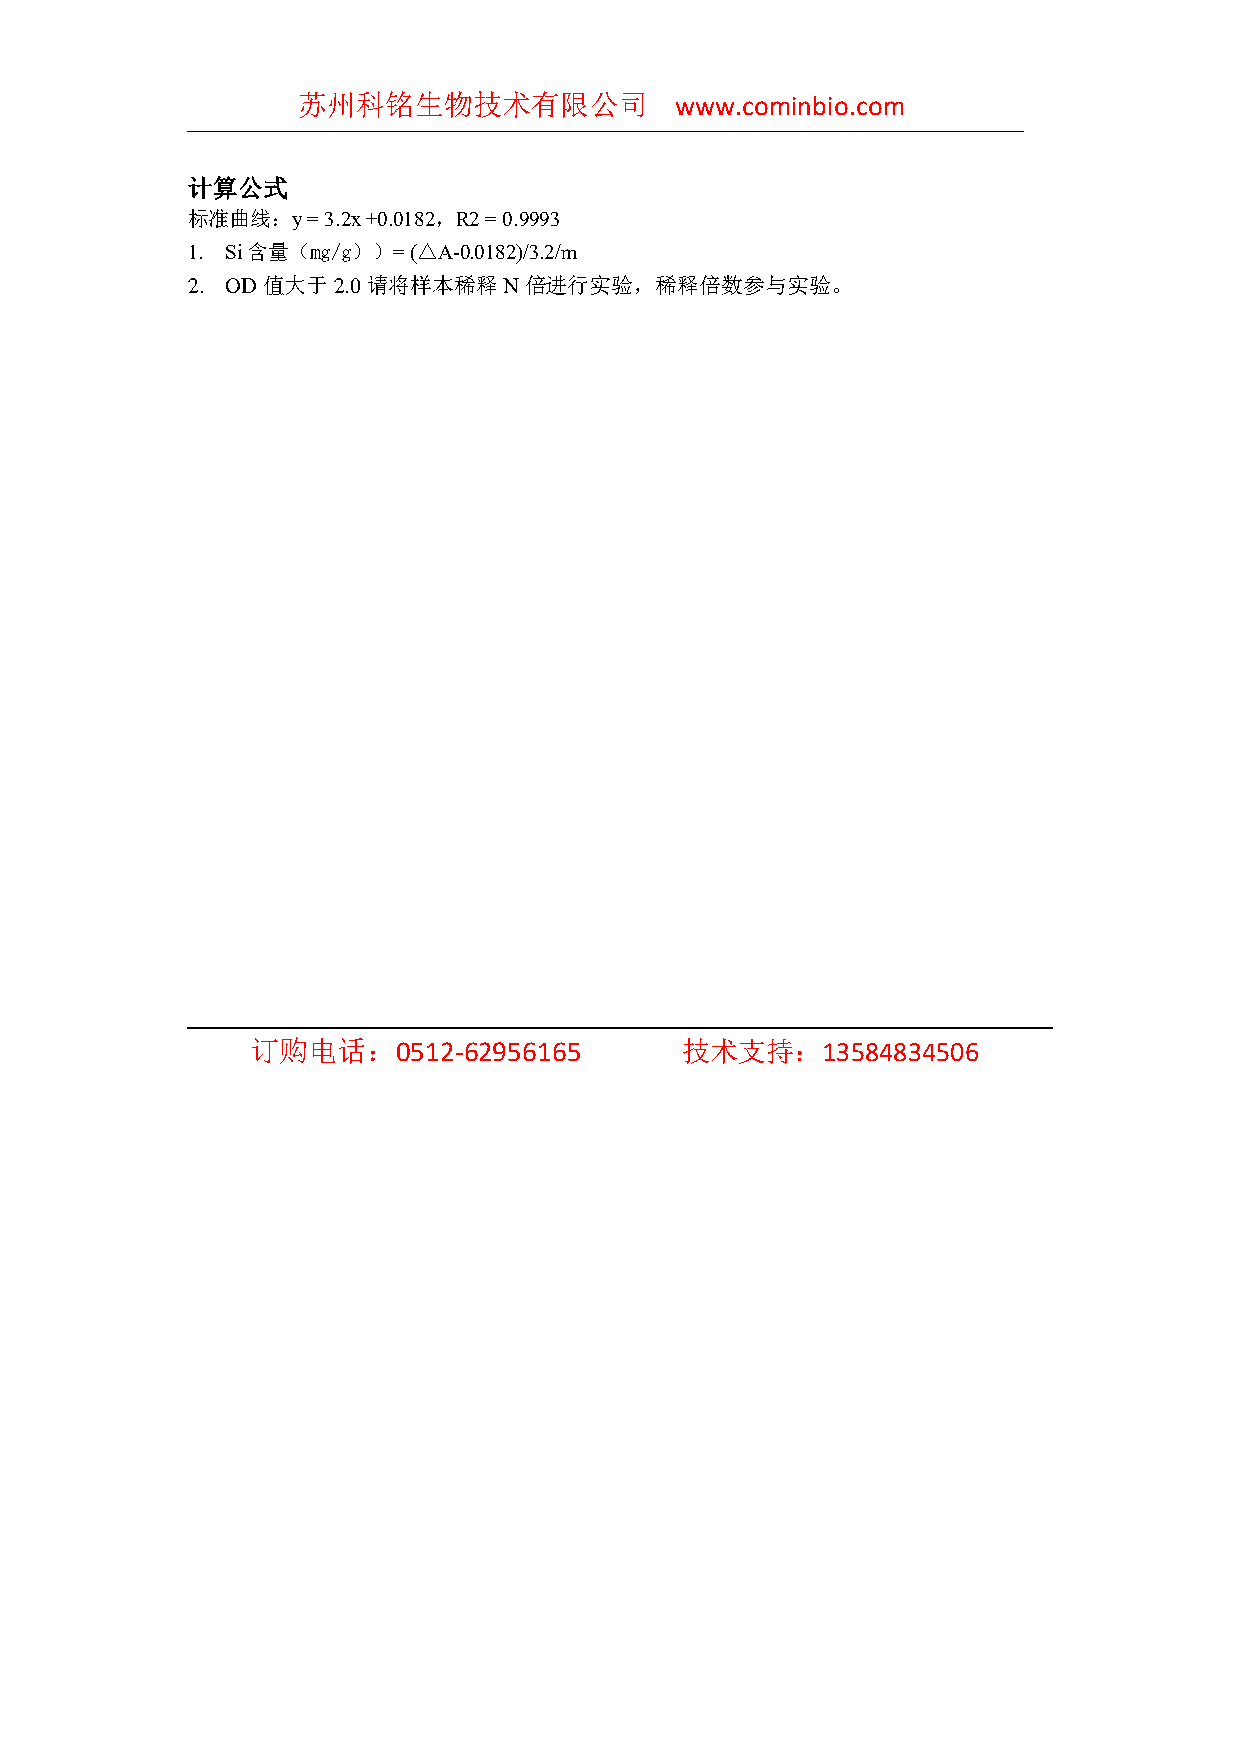
苏州科铭生物技术有限公司             www.cominbio.com
 计算公式
 标准曲线：y  = 3.2x +0.0182，R2 = 0.9993
 1. Si含量（mg/g））= (△A-0.0182)/3.2/m
 2. OD 值大于 2.0 请将样本稀释 N 倍进行实验，稀释倍数参与实验。
 订购电话：0512-62956165          技术支持：13584834506